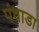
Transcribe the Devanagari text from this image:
पंवाडा